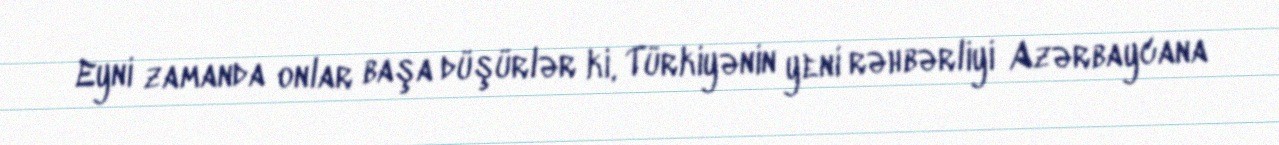
Eyni zamanda onlar başa düşürlər ki, Türkiyənin yeni rəhbərliyi Azərbaycana